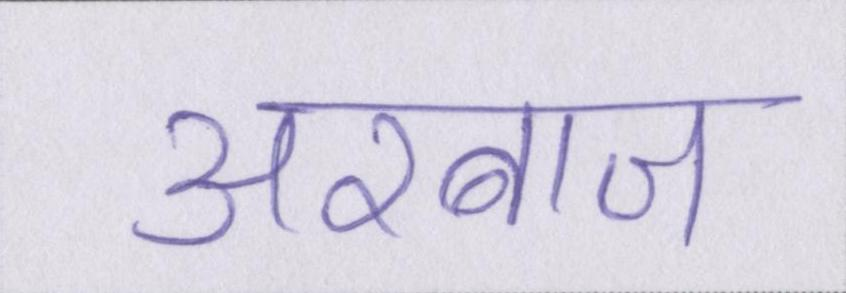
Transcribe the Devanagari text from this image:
अरबाज